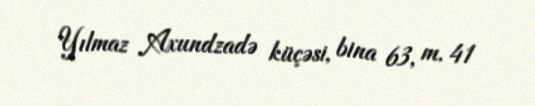
Yılmaz Axundzadə küçəsi, bina 63, m. 41